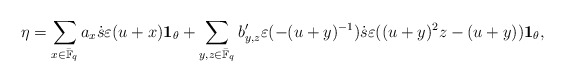
\begin{align*}&\ \eta=\sum_{x\in \bar{\mathbb{F}}_q}a_x \dot{s}\varepsilon(u+x){\bf 1}_{\theta}+ \sum_{y,z\in \bar{\mathbb{F}}_q} b'_{y,z} \varepsilon(-(u+y)^{-1})\dot{s} \varepsilon((u+y)^2z-(u+y)){{\bf 1}}_{\theta},\end{align*}